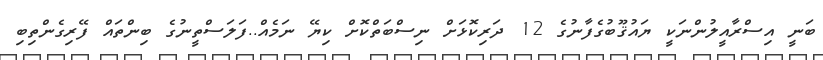
ބަނީ އިސްރާއީލުންނަކީ ޔައުޤޫބުގެފާނުގެ 12 ދަރިކޮޅަށް ނިސްބަތްކޮށް ކިޔޭ ނަމެއް..ފަލަސްތީނުގެ ބިންތައް ފޭރިގެންތިބި